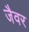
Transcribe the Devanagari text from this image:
जैवर